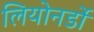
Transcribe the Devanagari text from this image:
लियोनर्डो